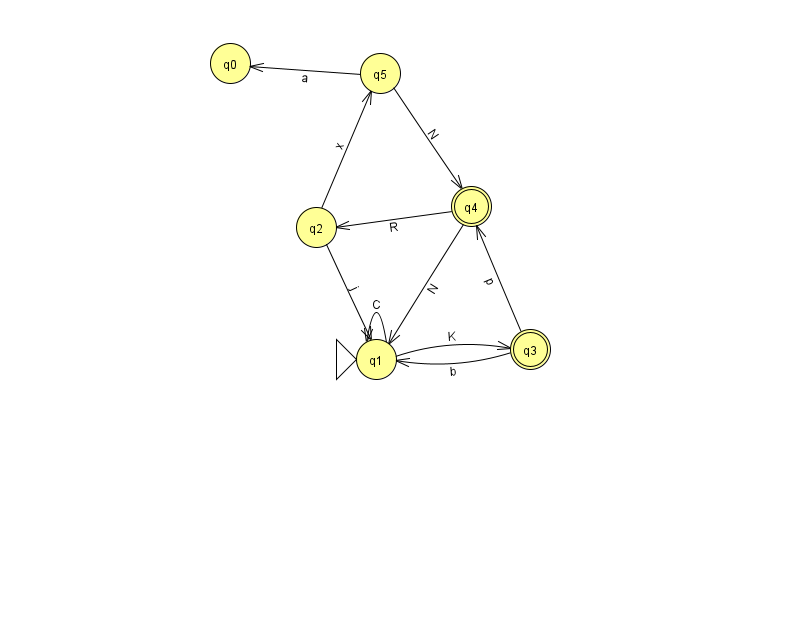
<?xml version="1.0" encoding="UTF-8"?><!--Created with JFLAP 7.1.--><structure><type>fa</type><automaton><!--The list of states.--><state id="0" name="q0"><x>230.0</x><y>50.0</y></state><state id="1" name="q1"><x>376.0</x><y>346.0</y><initial/></state><state id="2" name="q2"><x>316.0</x><y>214.0</y></state><state id="3" name="q3"><x>530.0</x><y>336.0</y><final/></state><state id="4" name="q4"><x>471.0</x><y>193.0</y><final/></state><state id="5" name="q5"><x>380.0</x><y>60.0</y></state><!--The list of transitions.--><transition><from>2</from><to>1</to><read>j</read></transition><transition><from>1</from><to>1</to><read>C</read></transition><transition><from>3</from><to>4</to><read>p</read></transition><transition><from>5</from><to>0</to><read>a</read></transition><transition><from>2</from><to>5</to><read>x</read></transition><transition><from>3</from><to>1</to><read>b</read></transition><transition><from>4</from><to>1</to><read>N</read></transition><transition><from>5</from><to>4</to><read>N</read></transition><transition><from>4</from><to>2</to><read>R</read></transition><transition><from>1</from><to>3</to><read>K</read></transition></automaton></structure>